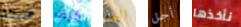
شرحه كيف اليوم أجل نأخذها